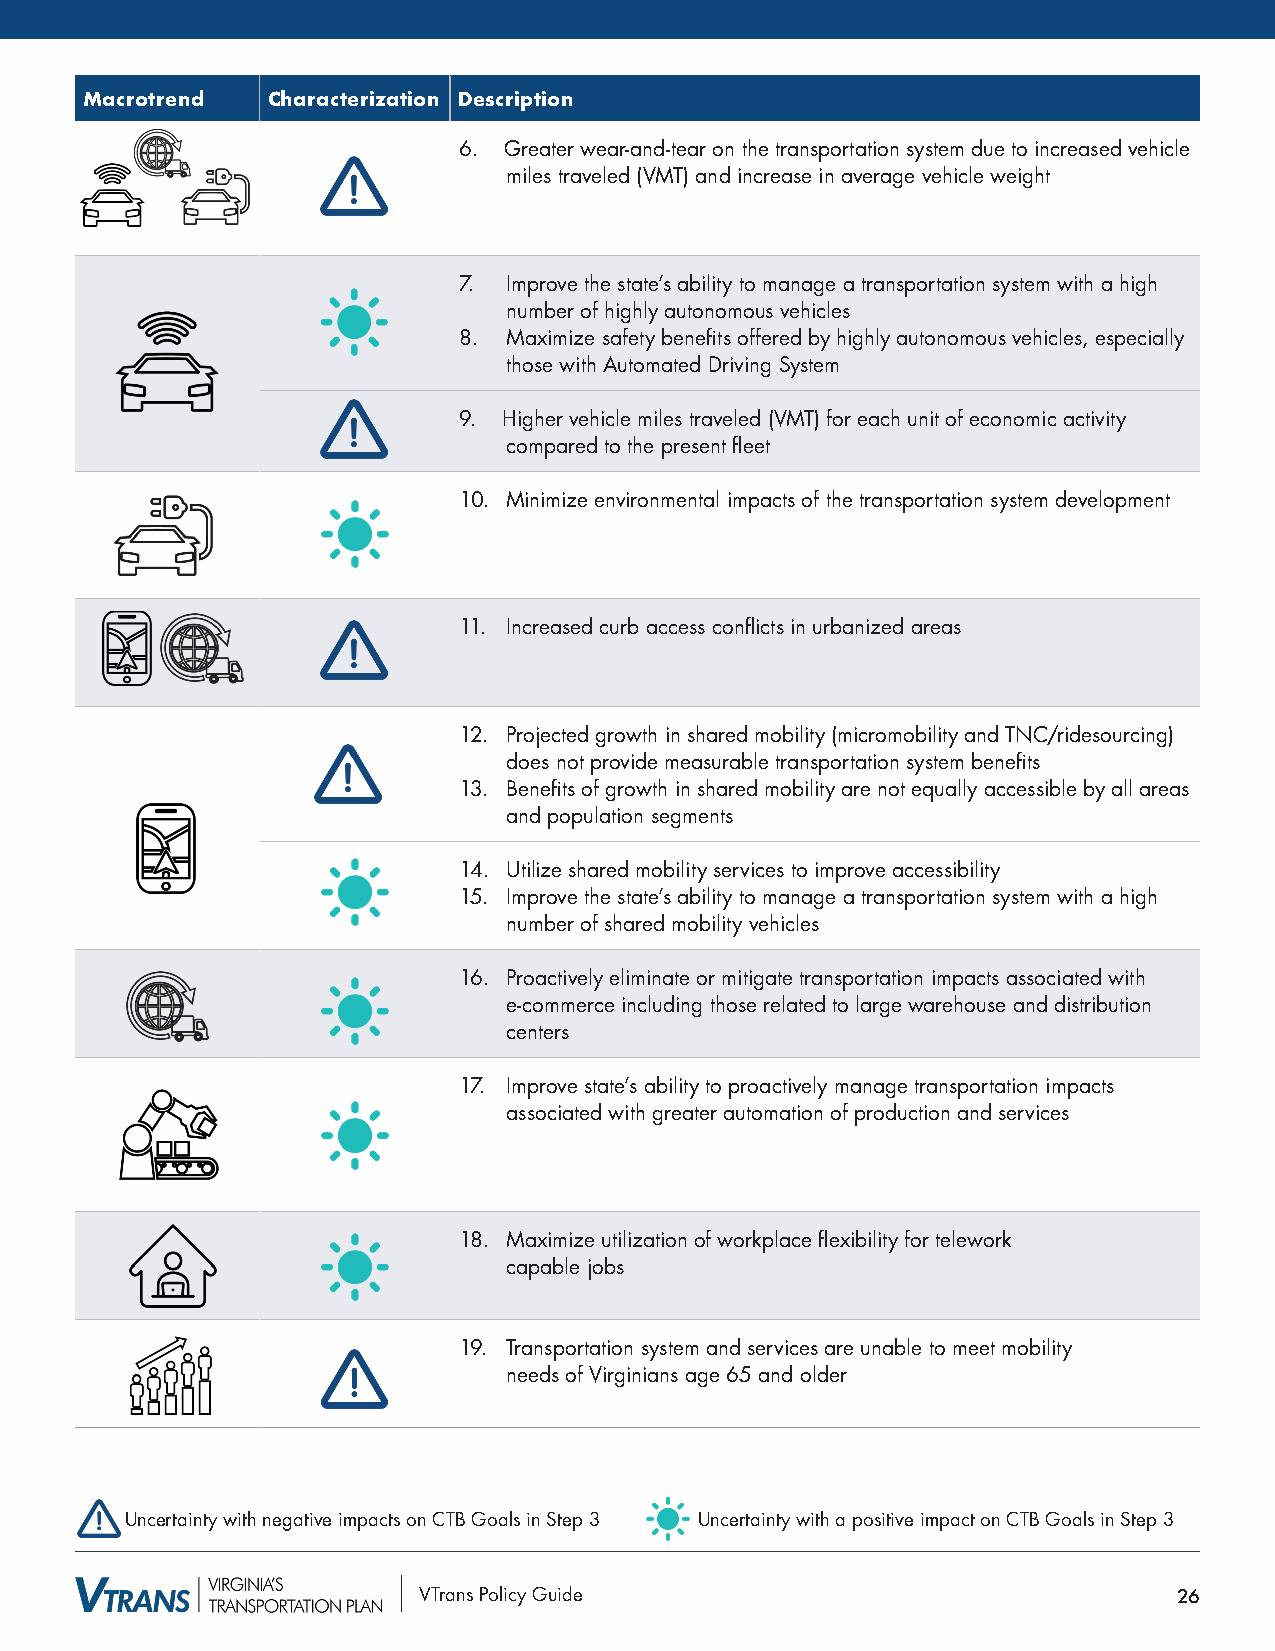
Macrotrend  Characterization Description
 6. Greater wear-and-tear on the transportation system due to increased vehicle
 miles traveled (VMT) and increase in average vehicle weight
 7.  Improve the state’s ability to manage a transportation system with a high
 number of highly autonomous vehicles
 8.  Maximize safety benefits offered by highly autonomous vehicles, especially
 those with Automated Driving System
 9. Higher vehicle miles traveled (VMT) for each unit of economic activity
 compared to the present fleet
 10. Minimize environmental impacts of the transportation system development
 11. Increased curb access conflicts in urbanized areas
 12. Projected growth in shared mobility (micromobility and TNC/ridesourcing)
 does not provide measurable transportation system benefits
 13. Benefits of growth in shared mobility are not equally accessible by all areas
 and population segments
 14. Utilize shared mobility services to improve accessibility
 15. Improve the state’s ability to manage a transportation system with a high
 number of shared mobility vehicles
 16. Proactively eliminate or mitigate transportation impacts associated with
 e-commerce including those related to large warehouse and distribution
 centers
 17. Improve state’s ability to proactively manage transportation impacts
 associated with greater automation of production and services
 18. Maximize utilization of workplace flexibility for telework
 capable jobs
 19. Transportation system and services are unable to meet mobility
 needs of Virginians age 65 and older
 Uncertainty with negative impacts on CTB Goals in Step 3 Uncertainty with a positive impact on CTB Goals in Step 3
 VTrans Policy Guide                               26